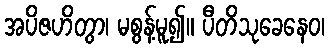
အပိဇဟိတွာ၊ မစွန့်မူ၍။ ပီတိသုခေနေဝ၊